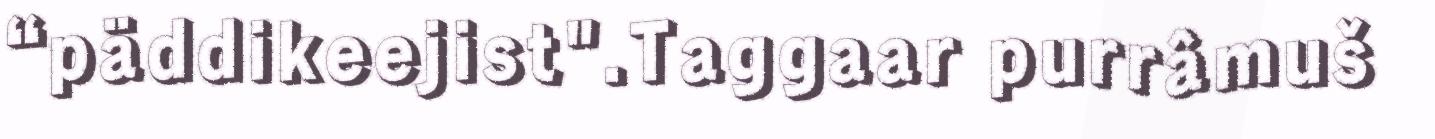
“päddikeejist".Taggaar purrâmuš